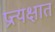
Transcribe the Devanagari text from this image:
प्रत्त्यक्षात